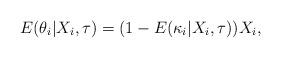
LaTeX: \begin{align*} E(\theta_{i}|X_i,\tau)=(1-E(\kappa_i|X_i,\tau))X_i, \end{align*}